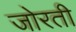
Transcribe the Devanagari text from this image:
जोरती